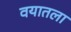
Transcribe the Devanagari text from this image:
वयातला